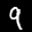
Label: 9